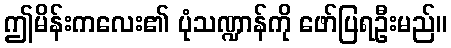
ဤမိန်းကလေး၏ ပုံသဏ္ဍာန်ကို ဖော်ပြရဦးမည်။